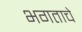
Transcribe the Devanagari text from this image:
भगताचे